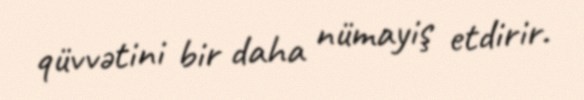
qüvvətini bir daha nümayiş etdirir.